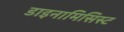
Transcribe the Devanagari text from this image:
डाइनामिसिस्ट